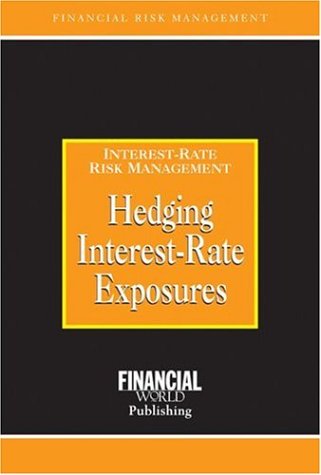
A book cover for Hedging Interest- Rate Exposures: Interest-Rate Risk Management (Risk Management Series); Business & Money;